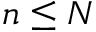
n \leq N